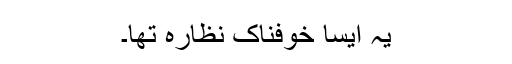
یہ ایسا خوفناک نظارہ تھا۔